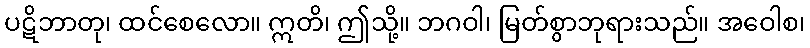
ပဋိဘာတု၊ ထင်စေလော။ ဣတိ၊ ဤသို့။ ဘဂဝါ၊ မြတ်စွာဘုရားသည်။ အဝေါစ၊